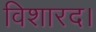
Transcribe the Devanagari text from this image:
विशारद।